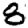
Digit: 8